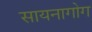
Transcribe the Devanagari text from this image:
सायनागोग